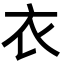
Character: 衣